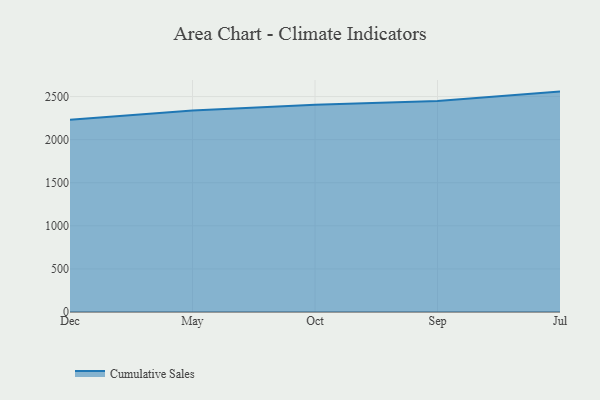
{"axis": {"x": "Month", "y": "Active Users"}, "legend": ["Cumulative Sales"], "data": [{"x": "Dec", "y": 2229.7, "type": "Cumulative Sales"}, {"x": "May", "y": 2338.2, "type": "Cumulative Sales"}, {"x": "Oct", "y": 2404.8, "type": "Cumulative Sales"}, {"x": "Sep", "y": 2447.9, "type": "Cumulative Sales"}, {"x": "Jul", "y": 2557.6, "type": "Cumulative Sales"}]}